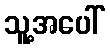
သူ့အပေါ်